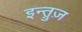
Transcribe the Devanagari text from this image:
इन्त्रुज़